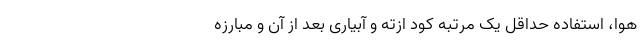
هوا، استفاده حداقل یک مرتبه کود ازته و آبیاری بعد از آن و مبارزه